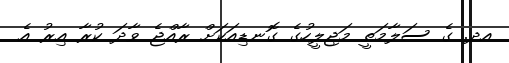
އދ. ގެ ސަލާމަތީ މަޖިލީހުގެ ގޮނޑިއަކަށް ރާއްޖެ ވާދަ ކުރާ އިރު އެ